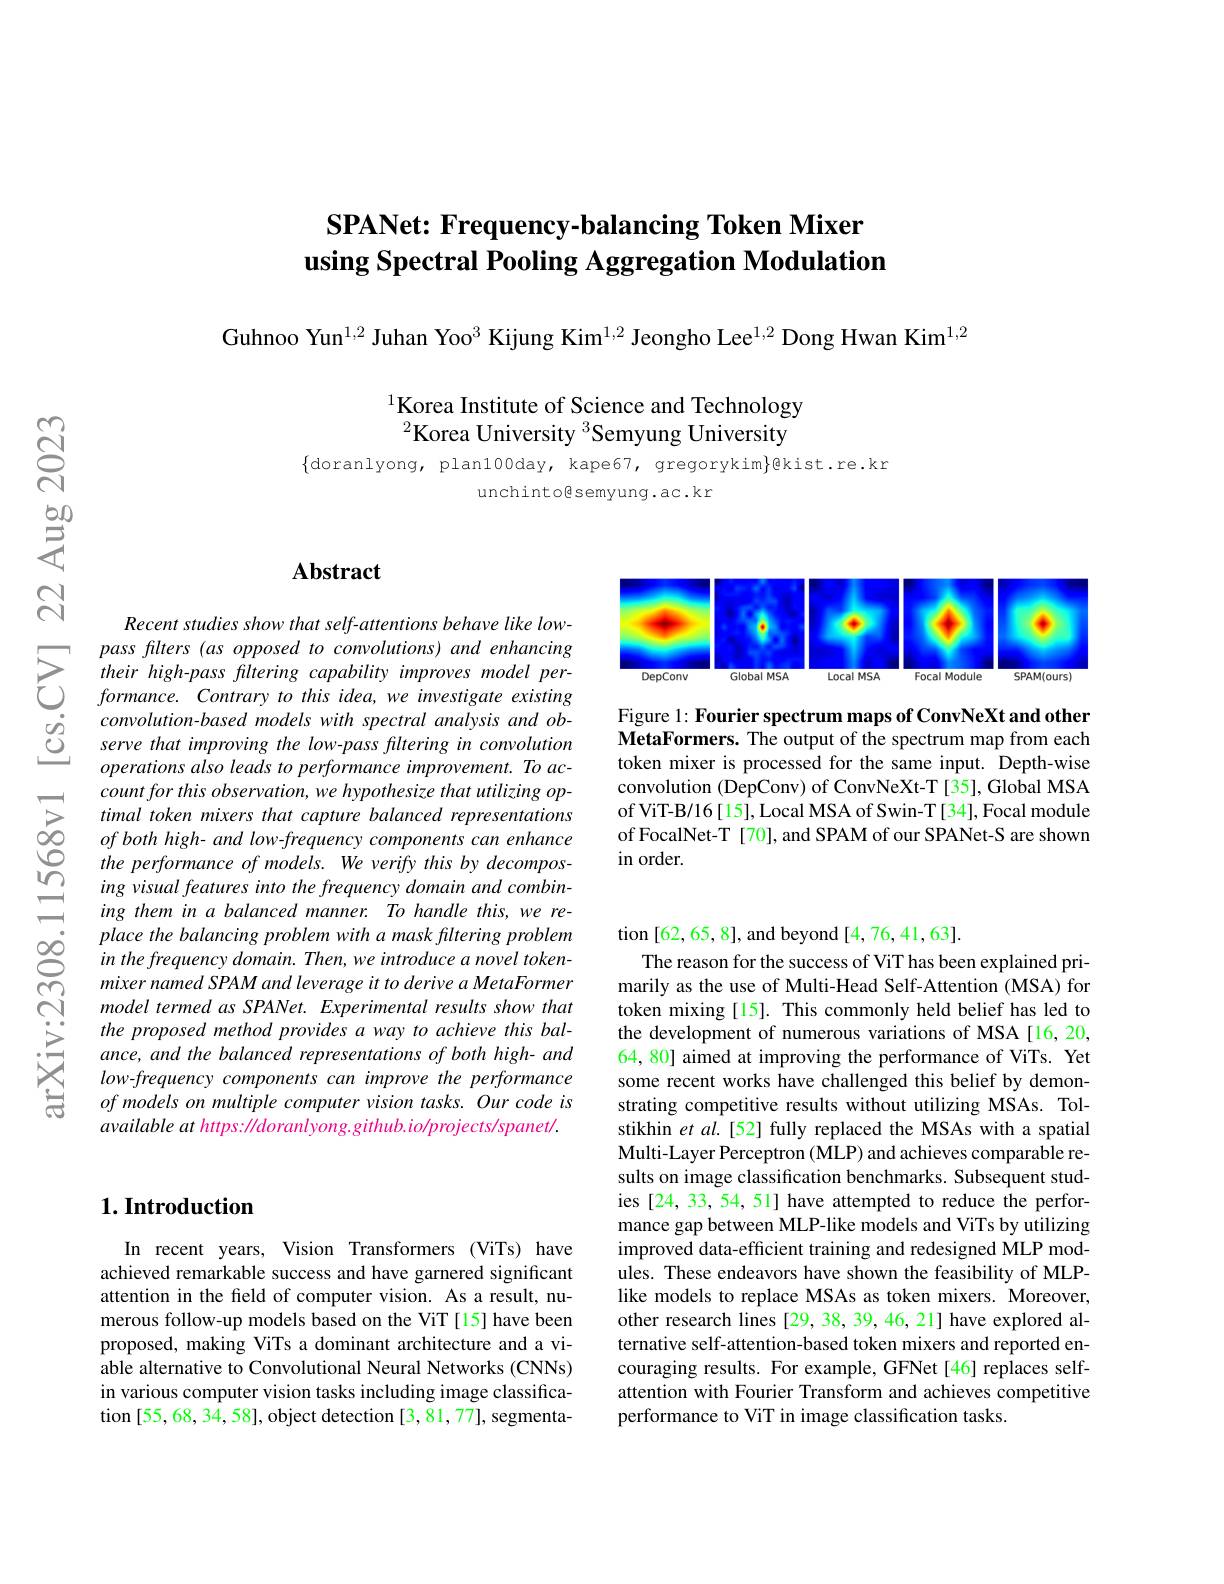
# SPANet: Frequency-balancing Token Mixer using Spectral Pooling Aggregation Modulation

Guhnoo Yun$^{1,2}$ Juhan Yoo$^{3}$ Kijung Kim$^{1,2}$ Jeongho Lee$^{1,2}$ Dong Hwan Kim$^{1,2}$

Korea Institute of Science and Technology $^{2}$Korea University $^{3}$Semyung University

$\{$doranlyong, plan100day, kape67, gregorykim$\}$@kist.re.kr
unchintogsemyung.ac.kr

## Abstract

Recent studies show that self-attentions behave like low-
$\sum_{\begin{array}{ccc}&pass\:flters\:(as\:opposed\:to\:convolutions)\:and\:enhancing\\&\text{their high-pass filtering capability improves model\:per-}\\&formance.\:Contrary\:to\:this\:idea,\:we\:investigate\:existing\\&\text{convolution-based models with spectral analysis and ob-}\\&\text{Serve tha}\end{array}}$
operations also leads to performance improvement. To account for this observation, we hypothesize that utilizing optimal token mixers that capture balanced representations of both high- and low-frequency components can enhance the performance of models. We verify this by decomposing visual features into the frequency domain and combining them in a balanced manner. To handle this, we replace the balancing problem with a mask filtering problem in the frequency domain. Then, we introduce a novel tokenmixer named SPAM and leverage it to derive a MetaFormer model termed as SPANet. Experimental results show that the proposed method provides a way to achieve this balance, and the balanced representations of both high- and low-frequency components can improve the performance of models on multiple computer vision tasks. Our code is available at https: Mdoranlyong. github. io/projects/spanet/.

<FigureHere>

Figure 1: Fourier spectrum maps of ConvNeXt and other MetaFormers. The output of the spectrum map from each token mixer is processed for the same input. Depth-wise convolution (DepConv) of ConvNeXt-T [35], Global MSA of ViT-B/16[15], Local MSA of Swin-T[34], Focal module of FocalNet-T [70], and SPAM of our SPANet-S are shown in order.

# 1. Introduction

In recent years, Vision Transformers (ViTs) have achieved remarkable success and have garnered significant attention in the feld of computer vision. As a result, numerous follow-up models based on the ViT [15] have been proposed, making ViTs a dominant architecture and a viable alternative to Convolutional Neural Networks (CNNs) in various computer vision tasks including image classification [55,68,34,58], object detection [3,81,77], segmenta-

tion [62,65,8], and beyond [4,76,41,63].
The reason for the success of ViT has been explained primarily as the use of Multi-Head Self-Attention (MSA) for token mixing [15]. This commonly held belief has led to the development of numerous variations of MSA[16,20, 64, 80] aimed at improving the performance of ViTs. Yet some recent works have challenged this belief by demonstrating competitive results without utilizing MSAs. Tolstikhin et al.[52] fully replaced the MSAs with a spatial Multi-Layer Perceptron (MLP) and achieves comparable results on image classification benchmarks. Subsequent studies [24, 33, 54, 51] have attempted to reduce the performance gap between MLP-like models and ViTs by utilizing improved data-efficient training and redesigned MLP modules. These endeavors have shown the feasibility of MLPlike models to replace MSAs as token mixers. Moreover, other research lines [29,38,39,46,21] have explored alternative self-attention-based token mixers and reported encouraging results. For example, GFNet[46] replaces selfattention with Fourier Transform and achieves competitive performance to ViT in image classification tasks.